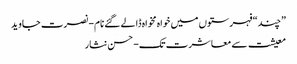
”چند“ فہرستوں میں خواہ مخواہ ڈالے گئے نام- نصرت جاوید
معیشت سے معاشرت تک- حسن نثار